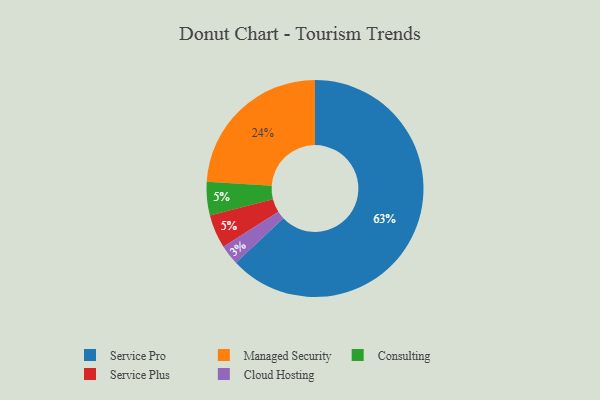
{"axis": {"x": "Category", "y": "Percentage"}, "legend": ["Cloud Hosting", "Consulting", "Managed Security", "Service Plus", "Service Pro"], "data": [{"x": "Consulting", "y": 5, "type": "Consulting"}, {"x": "Service Plus", "y": 5, "type": "Service Plus"}, {"x": "Cloud Hosting", "y": 3, "type": "Cloud Hosting"}, {"x": "Service Pro", "y": 63, "type": "Service Pro"}, {"x": "Managed Security", "y": 24, "type": "Managed Security"}]}